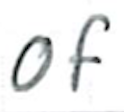
Text: of
Cross-out: clean
Writing tool: ballpoint